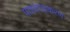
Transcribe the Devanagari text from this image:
पाश्चत्यकरण